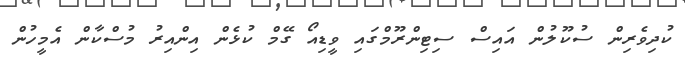
ކުދިވެރިން ސުކޫލުން އައިސް ސިޓިންރޫމްގައި ވީޑިއޯ ގޭމް ކުޅެން އިންއިރު މުސްކާން އެމީހުން